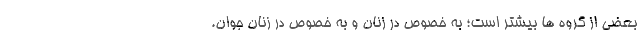
بعضی از گروه ها بیشتر است؛ به خصوص در زنان و به خصوص در زنان جوان.